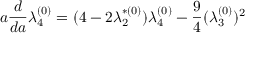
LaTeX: a \frac { d } { d a } \lambda _ { 4 } ^ { ( 0 ) } = ( 4 - 2 \lambda _ { 2 } ^ { * ( 0 ) } ) \lambda _ { 4 } ^ { ( 0 ) } - \frac { 9 } { 4 } ( \lambda _ { 3 } ^ { ( 0 ) } ) ^ { 2 }